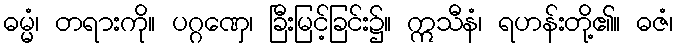
ဓမ္မံ၊ တရားကို။ ပဂ္ဂဏှေ၊ ခြီးမြင့်ခြင်း၌။ ဣသီနံ၊ ရဟန်းတို့၏။ ဓဇံ၊